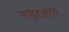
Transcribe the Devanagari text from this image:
नाईटक्लब